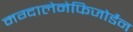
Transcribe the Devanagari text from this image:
मग्दालेनेफिजोर्डेन